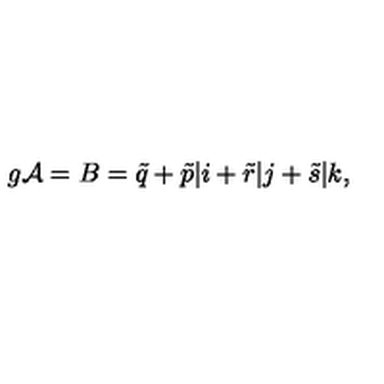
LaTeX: g { \cal A } = B = \tilde { q } + \tilde { p } \vert i + \tilde { r } \vert j + \tilde { s } \vert k ,